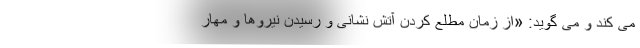
می کند و می گوید: «از زمان مطلع کردن آتش نشانی و رسیدن نیروها و مهار